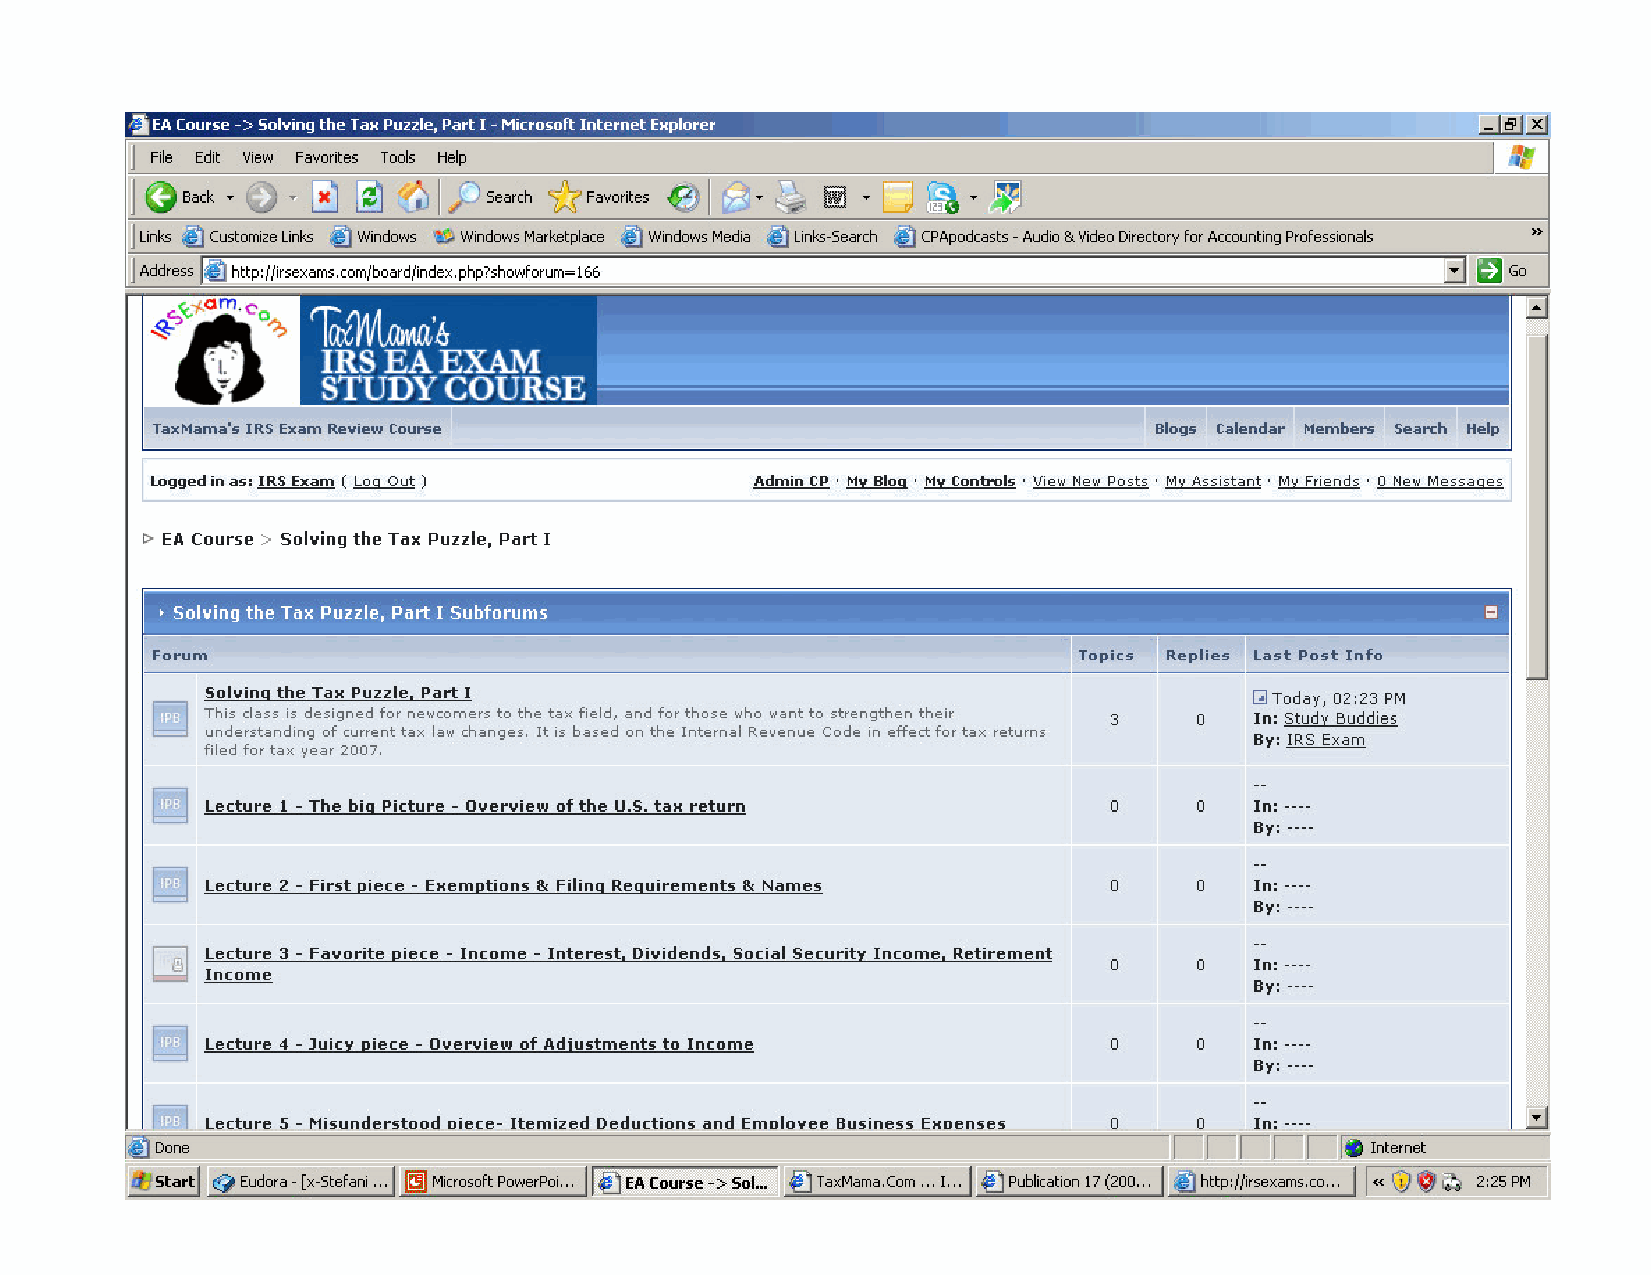
Navigation
 2/23/2010                                 © TaxMama.com® 2009                             10